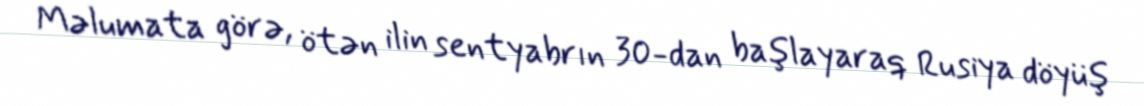
Məlumata görə, ötən ilin sentyabrın 30-dan başlayaraq Rusiya döyüş